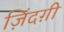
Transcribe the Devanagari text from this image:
ज़िंदग़ी